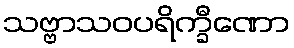
သဗ္ဗာသဝပရိက္ခီဏော